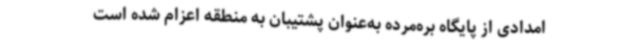
امدادی از پایگاه بره‌مرده به‌عنوان پشتیبان به منطقه اعزام شده است